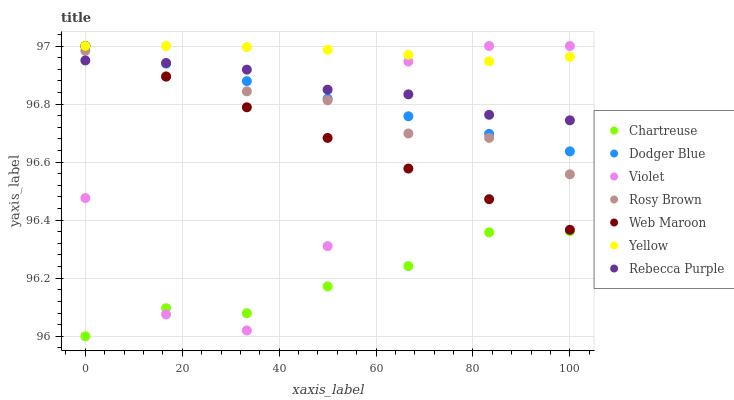
| xaxis_label | Chartreuse | Dodger Blue | Violet | Rosy Brown | Web Maroon | Yellow | Rebecca Purple |
 | --- | --- | --- | --- | --- | --- | --- | --- |
 | 0 | 96 | 97 | 96.5 | 97 | 97 | 97 | 97 |
 | 16.7 | 96.1 | 96.9 | 96.1 | 96.9 | 96.9 | 97 | 96.9 |
 | 33.3 | 96.1 | 96.9 | 96 | 96.8 | 96.8 | 97 | 96.9 |
 | 50 | 96.2 | 96.8 | 96.3 | 96.8 | 96.7 | 97 | 96.8 |
 | 66.7 | 96.2 | 96.8 | 96.9 | 96.7 | 96.6 | 97 | 96.8 |
 | 83.3 | 96.4 | 96.7 | 97 | 96.7 | 96.5 | 96.9 | 96.8 |
 | 100 | 96.4 | 96.6 | 97 | 96.6 | 96.4 | 97 | 96.7 |